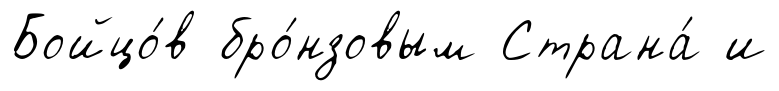
Бойцо́в бро́нзовым Страна́ и